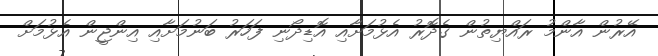
އޭރުން އާންމު ރައްޔިތުން ގެދޮރު އެޅުމަށާއި އޮޑިދޯނި ފަހަރު ބަނުމަށާއި އިންޖީން އެޅުމަށް